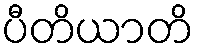
ပီတိယာတိ